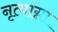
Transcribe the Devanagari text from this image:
नृत्यांग्ना